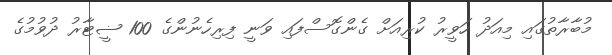
މުބާރާތުގައި މިއަދު ހަވީރު ކުރިއަށް ގެންގޮސްފައި ވަނީ ފިރިހެނުންގެ 100 ޟީޓާރު ދުވުމުގެ